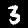
Digit: 3